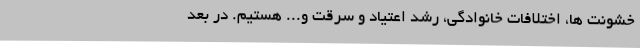
خشونت ها، اختلافات خانوادگی، رشد اعتیاد و سرقت و... هستیم. در بعد